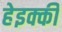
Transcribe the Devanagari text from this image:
हेइक्की